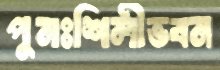
পুনঃশিলীভবন